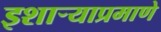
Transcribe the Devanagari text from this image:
इशार्‍याप्रमाणे